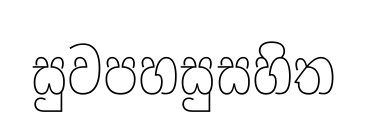
සුවපහසුසහිත